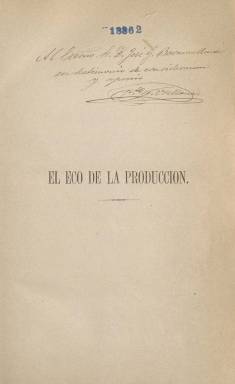
Título: El Eco de la producción
Colección: Economía
Ámbito geográfico: Barcelona
Lugar de publicación: Barcelona
Fechas: 01/04/1880-20/03/1886

“Revista de intereses económicos y conocimientos útiles” indica el subtítulo del que es órgano del Instituto de Fomento del Trabajo Nacional, que en 1879 se había instituido en Barcelona, como continuación de Fomento de la Producción Nacional (1869), que a su vez había sido la continuación de la que es considerada la patronal más antigua de Europa, al haber empezado a organizarse en 1771. Con periodicidad quincenal, en entregas de 24 páginas y a veces 32, compuestas a una columna y sin ilustraciones, publica su primer número el uno de abril de 1880, siendo presidente de la recién constituida organización el empresario, economista y político José Ferrer y Vidal (1817-1893), y su secretario, el escritor, historiador, economista, editor y periodista Francisco José Orellana (1820-1891), que será quien dirija la publicación.

El objeto de la organización de la que es órgano será “el desarrollo de los elementos productores de la nación española en todos sus ramos y manifestaciones, el impulso de sus adelantes y la defensa de sus interés legítimos”, según expresa en su primer artículo la publicación, que será defensora de la economía española y catalana desde una orientación proteccionista, la misma que propugna su director, siguiendo la orientación marcada tanto por Pascual Madoz (1806-1870) como el general Juan Prim (1814-1870), pues Orellana, un granadino que desde muy joven se había establecido en Barcelona, estaba encuadrado en el progresismo y la democracia avanzada.

La revista está estructurada en secciones. En la doctrinal publica sus artículos Orellana, principalmente, pero también en sus páginas escriben el citado Ferrer y Vidal, Federico Nicolau Dalmases (1857-1881), Ignacio María de Ferrán (1839-1880), Marià Pons i Espinós (1823-1886), Tedoror Baró i Sureda (1842-1916), el economista Pere Estasen i Cortada (1855-1913), al que se le considera cofundador de la publicación, además de ser el sociólogo evolucionista más importante en la España de finales del siglo XIX, o Victoriano Vega y R. Soriano, entre otros.

En la sección Ecos nacionales, inserta crónicas de Madrid y provincias, algunas de ellas firmadas bajo el seudónimo Teodorico. Otras son la de Conocimientos útiles, Variedades o Miscelánea y la Legislativa, y en la denominada Oficial da cuenta de la organización y actividades del Instituto de Fomento del Trabajo Nacional, entre las que se encuentran conferencias, exposiciones o dictámenes dirigidos a las autoridades estatales de Hacienda, Fomento o Ultramar, entre otras. También publica necrológicas, sueltos y reseñas bibliográficas.

La colección de este título forma tomos anuales, con paginación continuada, que incluyen índices de las materias contenidas en cada uno. La última entrega en la Biblioteca Nacional de España es la número 116, del tomo sexto, correspondiente al 20 de marzo de 1886, pero pudo estar publicándose hasta 1888. Se conoce que editó un suplemento bajo el título Colección de leyes y disposiciones administrativas útiles para los industriales (1882).